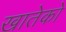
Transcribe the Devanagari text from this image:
खातेको